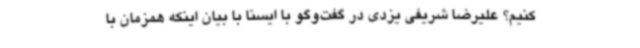
کنیم؟ علیرضا شریفی یزدی در گفت‌وگو با ایسنا با بیان اینکه همزمان با